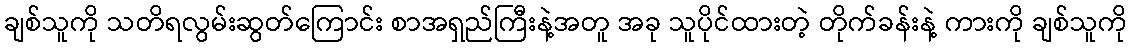
ချစ်သူကို သတိရလွမ်းဆွတ်ကြောင်း စာအရှည်ကြီးနဲ့အတူ အခု သူပိုင်ထားတဲ့ တိုက်ခန်းနဲ့ ကားကို ချစ်သူကို